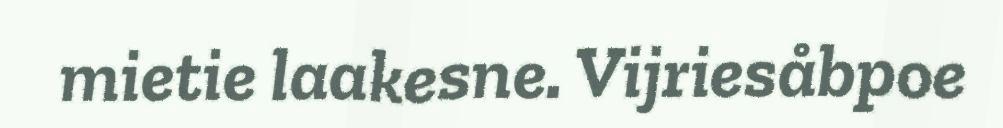
mietie laakesne. Vijriesåbpoe